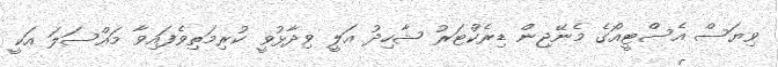
ވިޔަސް އެސްޓީއޯގެ މެނޭޖިން ޑިރެކްޓަރު ޝާހިދު އަލީ ވިދާޅުވީ ކުރިމަތިވެފައިވާ މައްސަލަ އަކީ